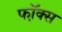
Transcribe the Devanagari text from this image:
फॉ़क्स